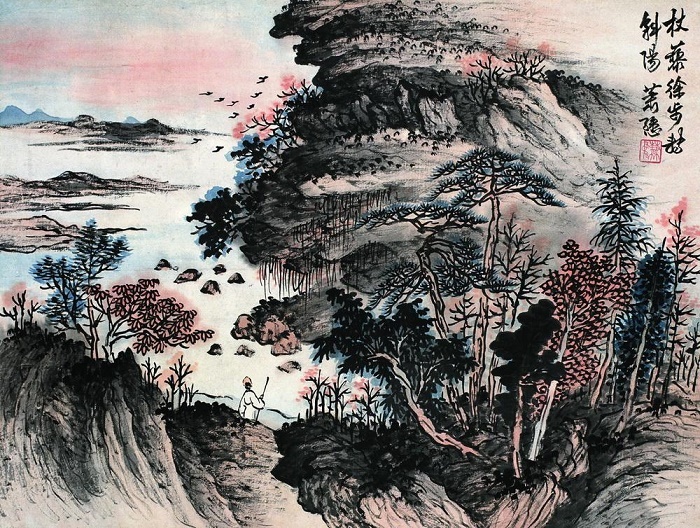
林断山明竹隐墙。乱蝉衰草小池塘。